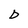
Character: D